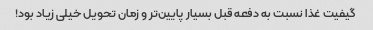
گیفیت غذا نسبت به دفعه قبل بسیار پایین‌تر و زمان تحویل خیلی زیاد بود!